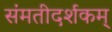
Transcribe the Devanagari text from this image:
संमतीदर्शकम्